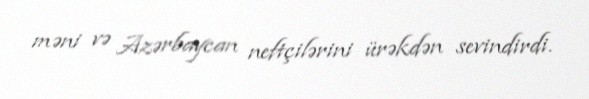
məni və Azərbaycan neftçilərini ürəkdən sevindirdi.